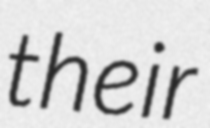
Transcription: their